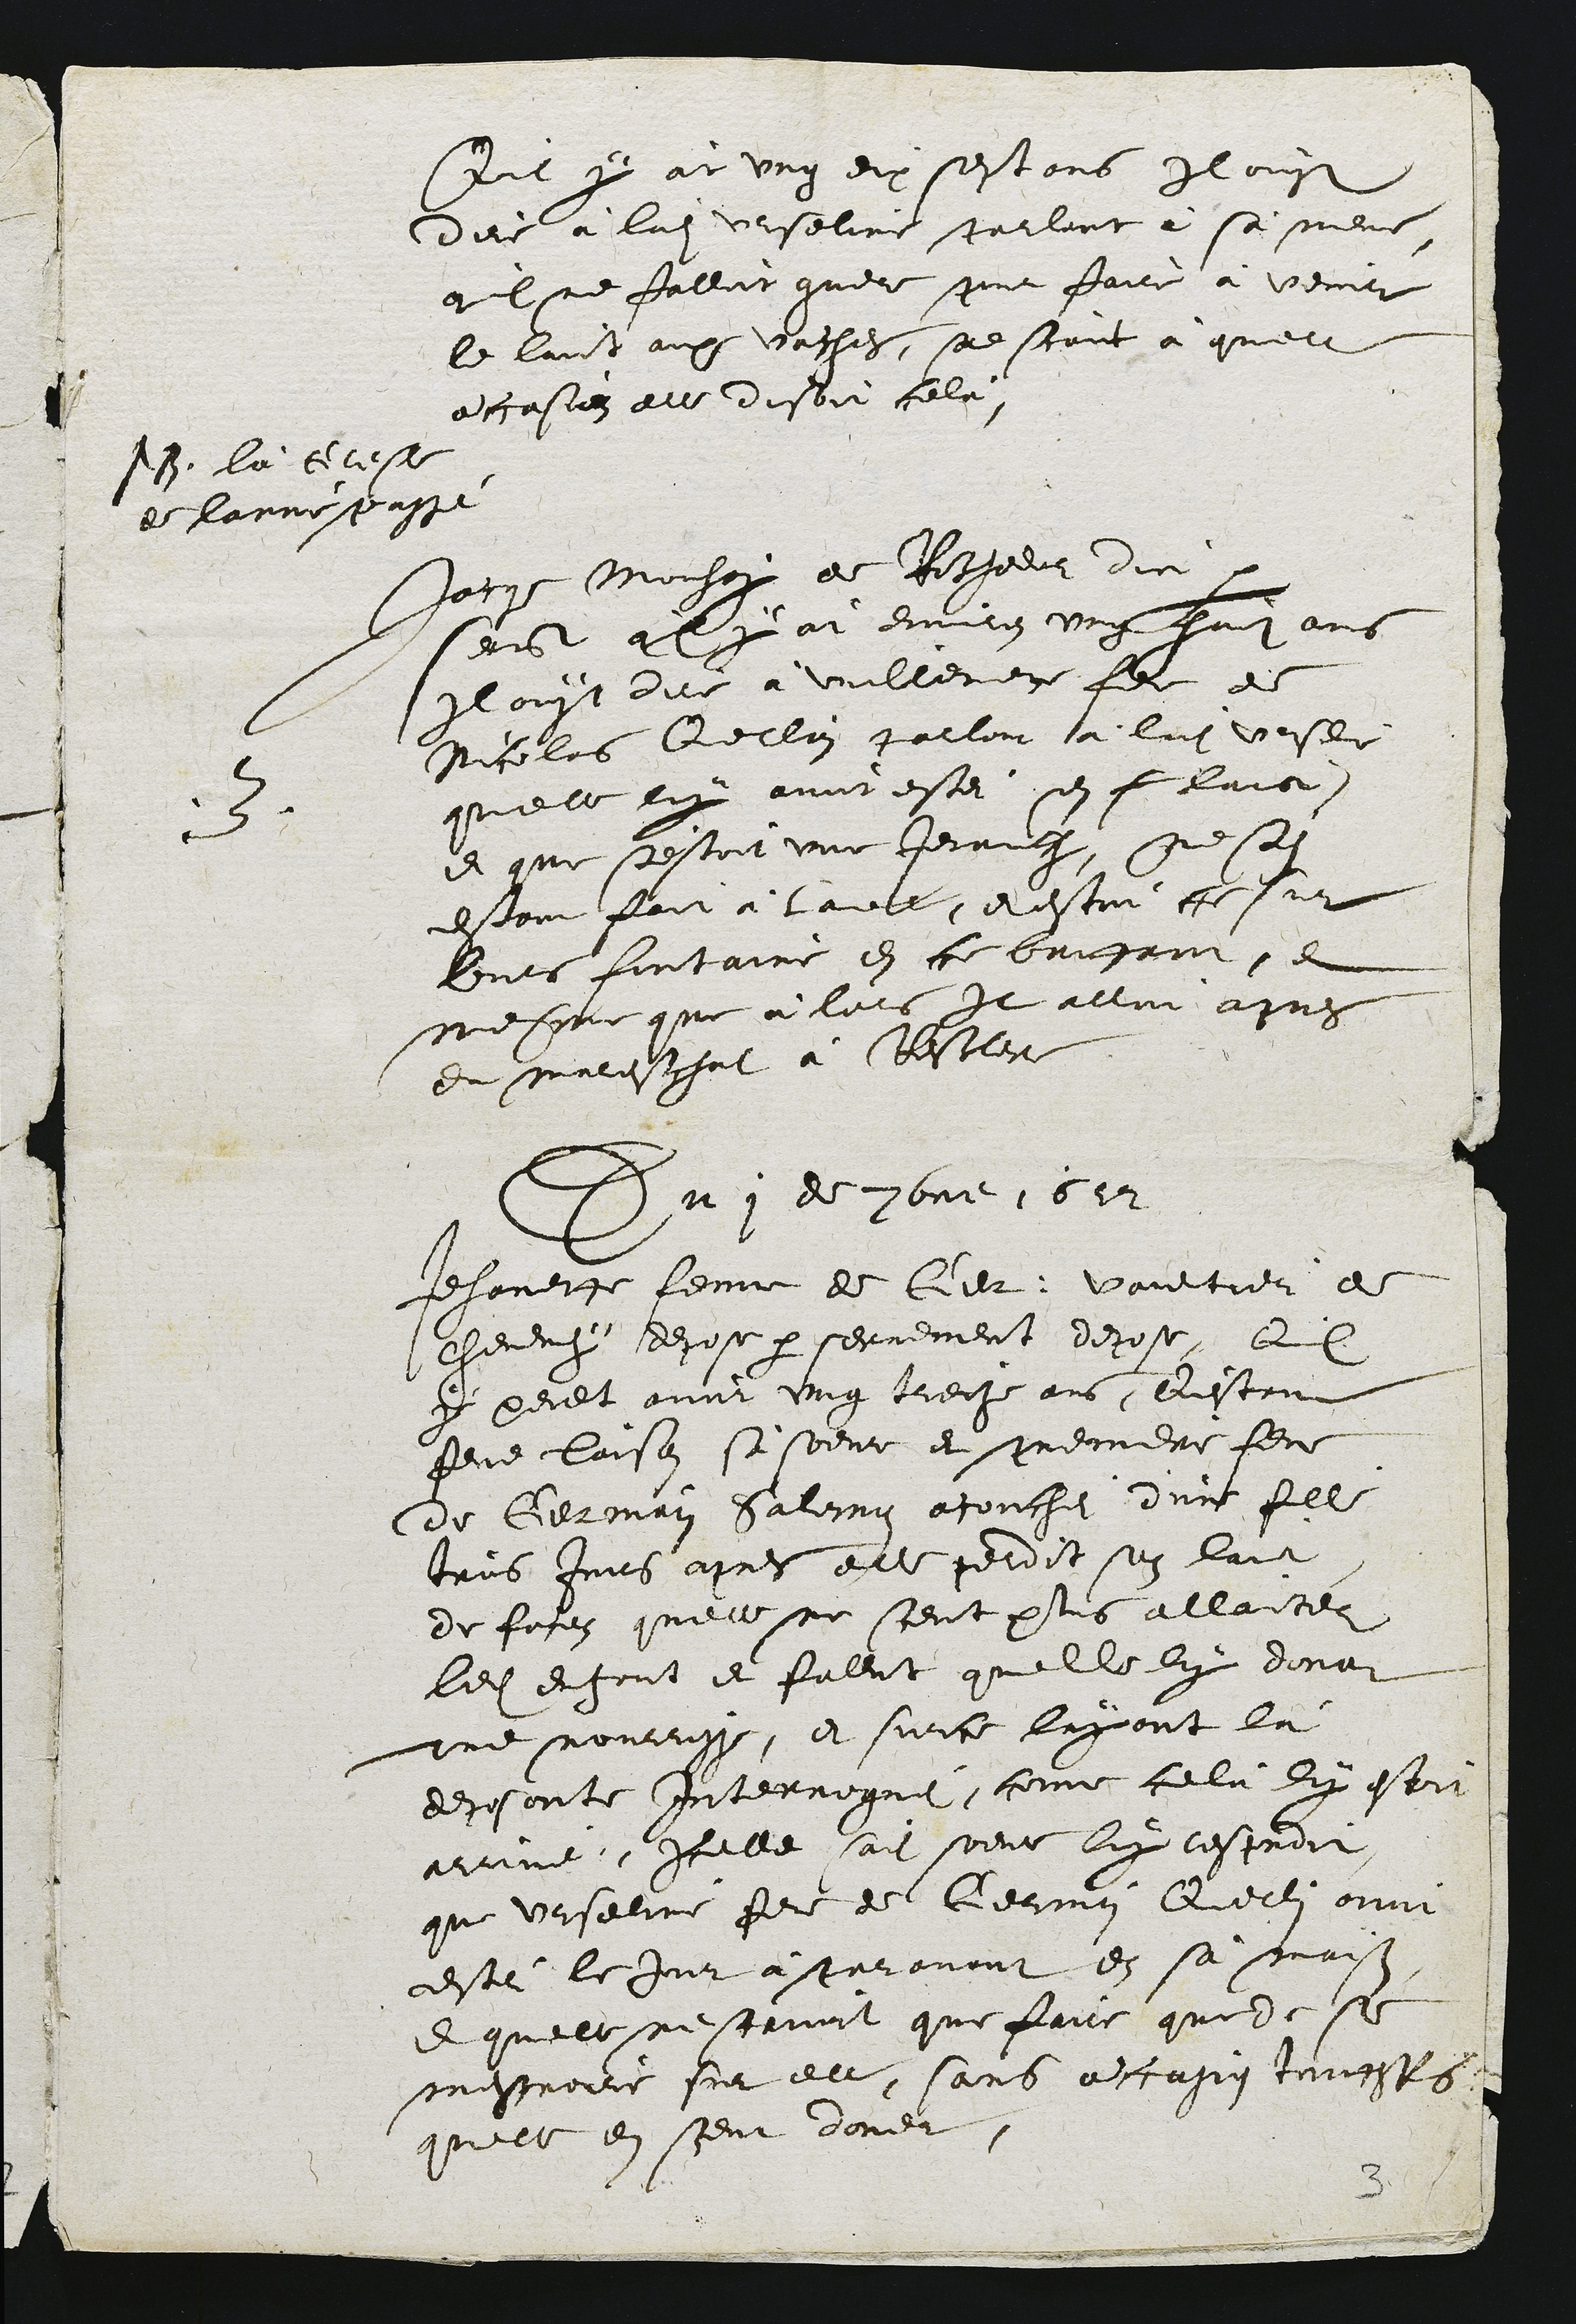
suis y at ung eix sestans il ouyt
dire à ladite Urselire starlent à sa mere,
quil ne falloit quere poit faire a venir
le lait aux vathes, see scant à quelle
accastez au disoit cela,

N3. la clest
de lanne passe

3
Jarqe Mochoy de Rothedur dict
sest quly at enviroz ung ladit ans
Il ouyt dite a vuillemer, flle ee
Nicolas Guellai parloir a lui veste
quelle ny avoit eser en f lais.
et que sestoit une jeranlz, ne sait
estont foit a lae, e estot ce sut
nes fontaire en ce bricrnt, et
mespe que à lors it alloi apres
et malesthot à Bescler

En 1 de 3ome, 0ir

Jehanerte femme de Cir Vaultier a
chevrhe dehose par serrement depose, dil
y peult avoir ung treche ans, Destant
peme laison si sbente et penidre feme
de German Saleiny acouchet dune fille
trus juirs apres elle feldit soz lait
de fosez quelle ne scent plus allantes
ledit et fout et falat quelle luy dona
une nourrsse, et sur ce layant la
deposonte interrogue, comme ce la dix estr
arrine, icelle sait seent luy tesproit
que Urselire ferr de Germin Quelli onn
este le Jut atrronant en sa maiss
equelle nestaunt que faire quede se
mestrorre sur ell, sans a casig touffts
quelle en seut doner.

2